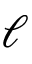
\ell